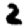
Digit: 2